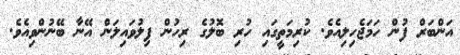
އަންބަރް ފުން ހަމަޖެހިލިއެވެ. ކުރިމަތީގައި ހުރި ބޮލުގެ ރިހުން ފިލުވައިލަން އޭނާ ބޭނުންވިއެވެ.